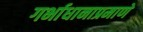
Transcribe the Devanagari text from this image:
गर्भाधानाप्रमाणे